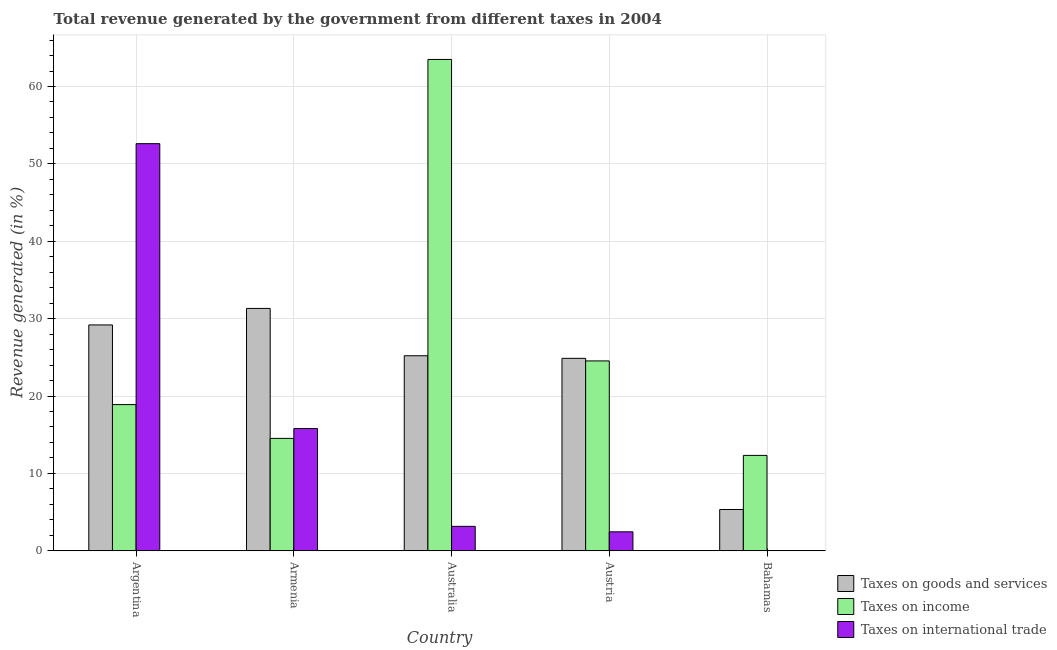
| Country | Taxes on goods and services | Taxes on income | Taxes on international trade |
 | --- | --- | --- | --- |
 | Argentina | 29.2 | 18.9 | 52.6 |
 | Armenia | 31.3 | 14.5 | 15.8 |
 | Australia | 25.2 | 63.5 | 3.16 |
 | Austria | 24.9 | 24.5 | 2.45 |
 | Bahamas | 5.33 | 12.3 | 0.00433 |